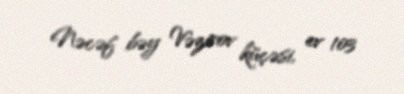
Nəcəf bəy Vəzirov küçəsi, ev 103